Vaccination in Bombay 1902-1912 - 1902-1912
Year: 1902
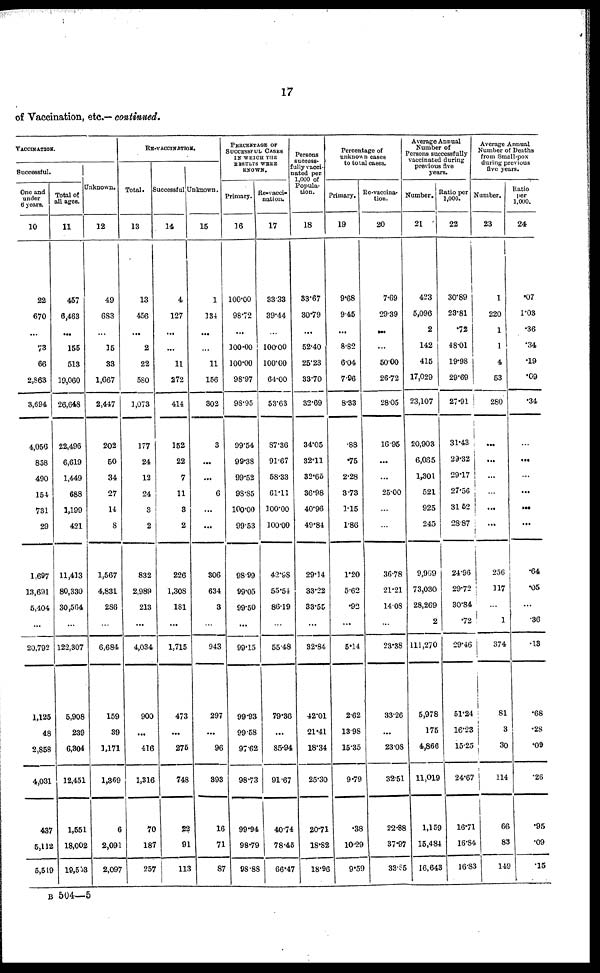
17
of Vaccination, etc.— continued.
VACCINATION.
Successful.
One and
under
6 years.
10
22
670
...
73
66
2,863
3,694
4,056
838
490
154
731
29
1,697
13,691
5,404
...
20,792
1,125
48
2,858
4,031
437
5,112
5,519
Total of
all ages.
11
457
8,463
...
155
513
19,060
26,648
22,496
6,619
1,449
688
1,199
421
11,413
80,330
30,504
...
122,307
5,908
239
6,304
12,451
1,551
18,002
19,583
Unknown.
12
49
683
...
15
33
1,667
2,447
202
50
34
27
14
8
1,567
4,831
286
...
6,684
159
39
1,171
1,369
6
2,091
2,097
RE-VACCINATION.
Total.
13
13
456
...
2
22
580
1,073
177
24
12
24
3
2
832
2,989
213
...
4,034
900
...
416
1,316
70
187
257
Successful
14
4
127
...
...
11
272
414
152
22
7
11
3
2
226
1,308
181
...
1,715
473
...
275
748
22
91
113
Unknown.
15
1
134
...
...
11
156
302
3
...
...
6
...
...
306
634
3
...
943
297
...
96
393
16
71
87
PERCENTAGE OF
SUCCESSFUL CASES
IN WHICH THE
RESULTS WERE
KNOWN.
Primary.
16
100.00
98.72
...
100.00
100.00
98.97
98.95
99.54
99.38
99.52
98.85
100.00
99.53
98.99
99.05
99.50
...
99.15
99.93
99.58
97.62
98.73
99.94
98.79
98.88
Re-vacci-
nation.
17
33.33
39.44
...
100.00
100.00
64.00
53.63
87.36
91.67
58.33
61.11
100.00
100.00
42.98
55.54
86.19
...
55.48
79.36
...
85.94
91.67
40.74
78.45
66.47
Persons
success-
fully vacci-
nated per
1,000 of
Popula-
tion.
18
33.67
30.79
...
52.40
25.23
33.70
32.69
34.05
32.11
32.65
36.98
40.96
49.84
29.14
33.22
33.55
...
32.84
42.01
21.41
18.34
25.30
20.71
18.82
18.96
Percentage of
unknown cases
to total cases.
Primary.
19
9.68
9.45
...
8.82
6.04
7.96
8.33
.88
.75
2.28
3.73
1.15
1.86
1.20
5.62
.92
...
5.14
2.62
13.98
15.35
9.79
.38
10.29
9.59
Re-vaccina¬
tion.
20
7.69
29.39
...
...
50.00
26.72
28.05
16.95
...
...
25.00
...
...
36.78
21.21
14.08
...
23.38
33.26
...
23.08
32.51
22.88
37.97
33.85
Average Annual
Number of
Persons successfully
vaccinated during
previous five
years.
Number.
21
423
5,096
2
142
415
17,029
23,107
20,903
6,065
1,301
521
925
245
9,969
73,030
28,269
2
111,270
5,978
175
4,866
11,019
1,159
15,484
16,643
Ratio per
1,000.
22
30.89
23.81
.72
48.01
19.98
29.69
27.91
31.43
29.32
29.17
27.56
31.52
28.87
24.96
29.72
30.84
.72
29.46
51.24
16.23
15.25
24.67
16.71
16.84
16.83
Average Annual
Number of Deaths
from Small-pox
during previous
five years.
Number.
23
1
220
1
1
4
53
280
...
...
...
...
...
...
256
117
...
1
374
81
3
30
114
66
83
149
Ratio
per
1,000.
24
.07
1.03
.36
.34
.19
.09
.34
...
...
...
...
...
...
.64
.05
...
.36
.13
.68
.28
.09
.26
.95
.09
.15
B 504—5